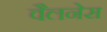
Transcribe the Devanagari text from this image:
वैलनेस